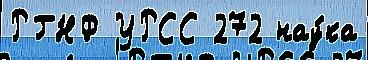
РГНФ УРСС 272 нау́ка